Tezpur Lunatic Asylum reports 1895-1904 - 1895-1904
Year: 1895
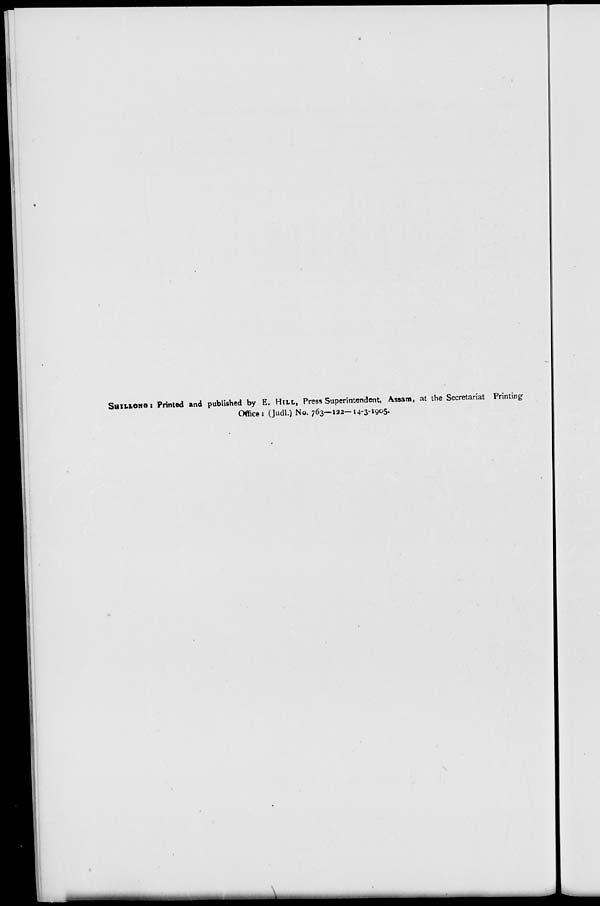
SHILLONO
: Printed and published by E. Hut, Pres, Superintendent, Assam, at the Secretariat Printing
Office: (Judl.) No. 763—122-14-3-1905-